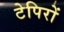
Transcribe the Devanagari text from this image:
टेपिरों